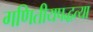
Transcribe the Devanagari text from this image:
गणितीयपद्धत्या